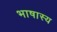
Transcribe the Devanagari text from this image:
भाषास्य